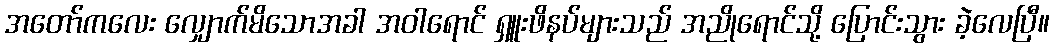
အတော်ကလေး လျှောက်မိသောအခါ အဝါရောင် ရှူးဖိနပ်များသည် အညိုရောင်သို့ ပြောင်းသွား ခဲ့လေပြီ။